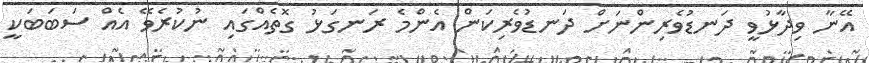
އޭނާ ވިދާޅުވީ ދަނޑުވެރިންނަށް ދަނޑުވެރިކަން އެންމެ ރަނގަޅު ގޮތެއްގައި ނުކުރެވޭ އެއް ސަބަބަކީ